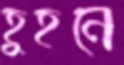
হুহনে